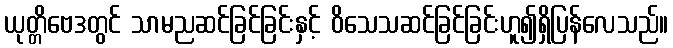
ယုတ္တိဗေဒတွင် သာမညဆင်ခြင်ခြင်းနှင့် ဝိသေသဆင်ခြင်ခြင်းဟူ၍ရှိပြန်လေသည်။